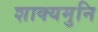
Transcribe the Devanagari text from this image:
शाक्‍यमुनि